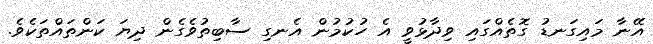
އޭނާ މައިގަނޑު ގޮތެއްގައި ވިދާޅުވީ އެ ހުކުމުން އެނގި ސާބިތުވެގެން ދިޔަ ކަންތައްތަކެވެ.